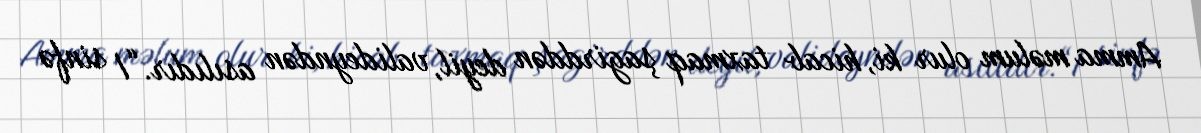
Amma məlum olur ki, hicab taxmaq şagirddən deyil, valideyndən asılıdır.“I sinfə